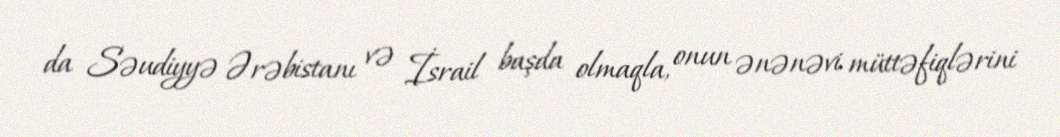
da Səudiyyə Ərəbistanı və İsrail başda olmaqla, onun ənənəvi müttəfiqlərini